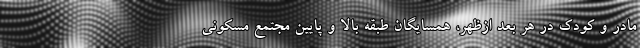
مادر و کودک در هر بعد ازظهر، همسایگان طبقه بالا و پایین مجتمع مسکونی